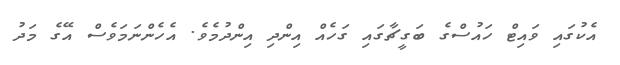
އެކުގައި ވައިޓް ހައުސްގެ ބަގީޗާގައި ގަހެއް އިންދި އިންދުމެވެ. އެހެންނަމަވެސް އޭގެ މަދު